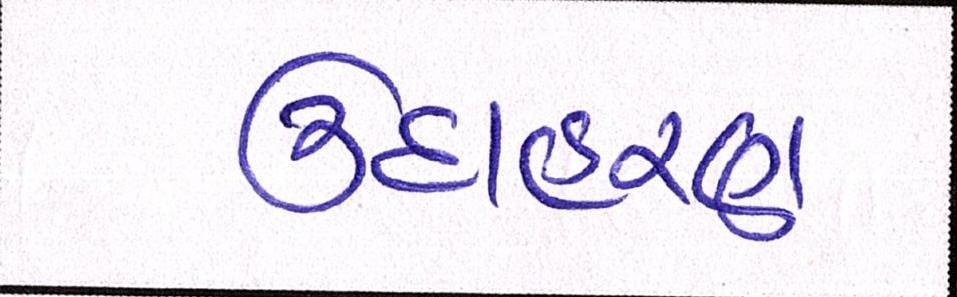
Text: ઉદાહરણ